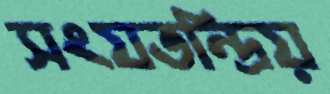
সংযতন্দ্রিয়